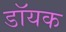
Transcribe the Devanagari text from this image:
डॉयक